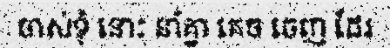
ចាស់ទុំ នោះ នាំគ្នា គេច ចេញ ដែរ